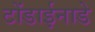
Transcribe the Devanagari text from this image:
टोंडाईनाडे